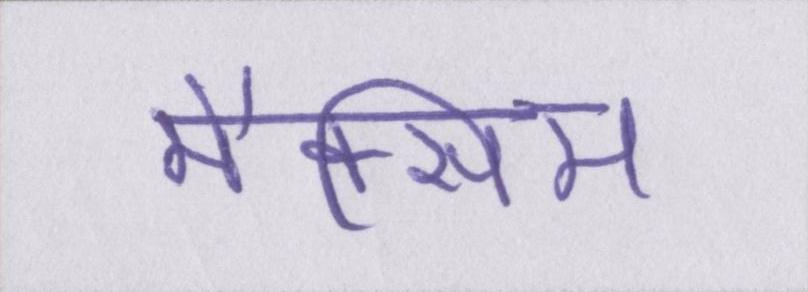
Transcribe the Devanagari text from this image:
मैक्सिम